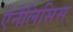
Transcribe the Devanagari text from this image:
ऐनैलिसिस